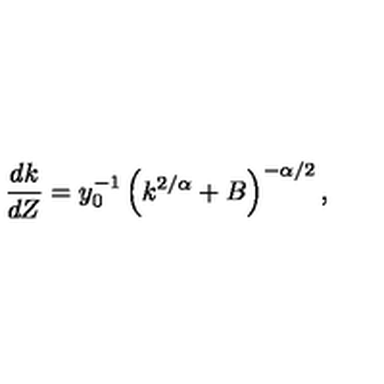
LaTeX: \frac { d k } { d Z } = y _ { 0 } ^ { - 1 } \left( k ^ { 2 / \alpha } + B \right) ^ { - \alpha / 2 } ,